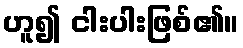
ဟူ၍ ငါးပါးဖြစ်၏။